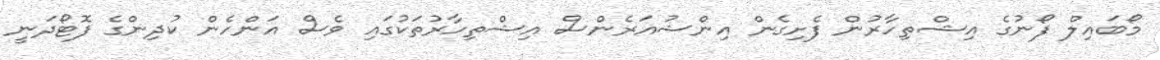
މޯބައިލް ފޯނުގެ އިޝްތިހާރުން ފެށިގެން އިންޝުއަރެންސް އިޝްތިހާރުތަކުގައި ވެސް އަންހެން ކުދިންގެ ފޮޓޯދަނީ